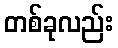
တစ်ခုလည်း